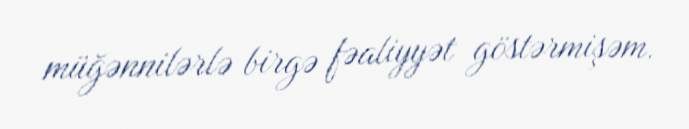
müğənnilərlə birgə fəaliyyət göstərmişəm.